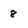
Character: 8